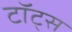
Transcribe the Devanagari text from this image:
टॉट्स